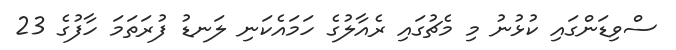
ސްވިޑަންގައި ކުޅުނު މި މެޗުގައި ރެއާލުގެ ހަމައެކަނި ލަނޑު ފުރަތަމަ ހާފުގެ 23